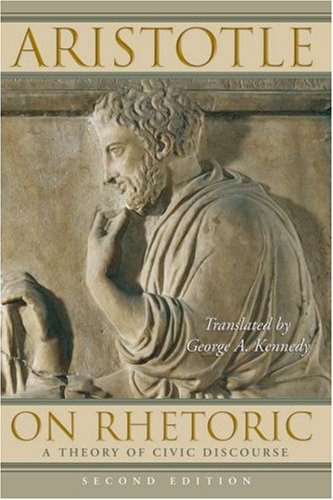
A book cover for On Rhetoric: A Theory of Civic Discourse; Aristotle; Politics & Social Sciences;